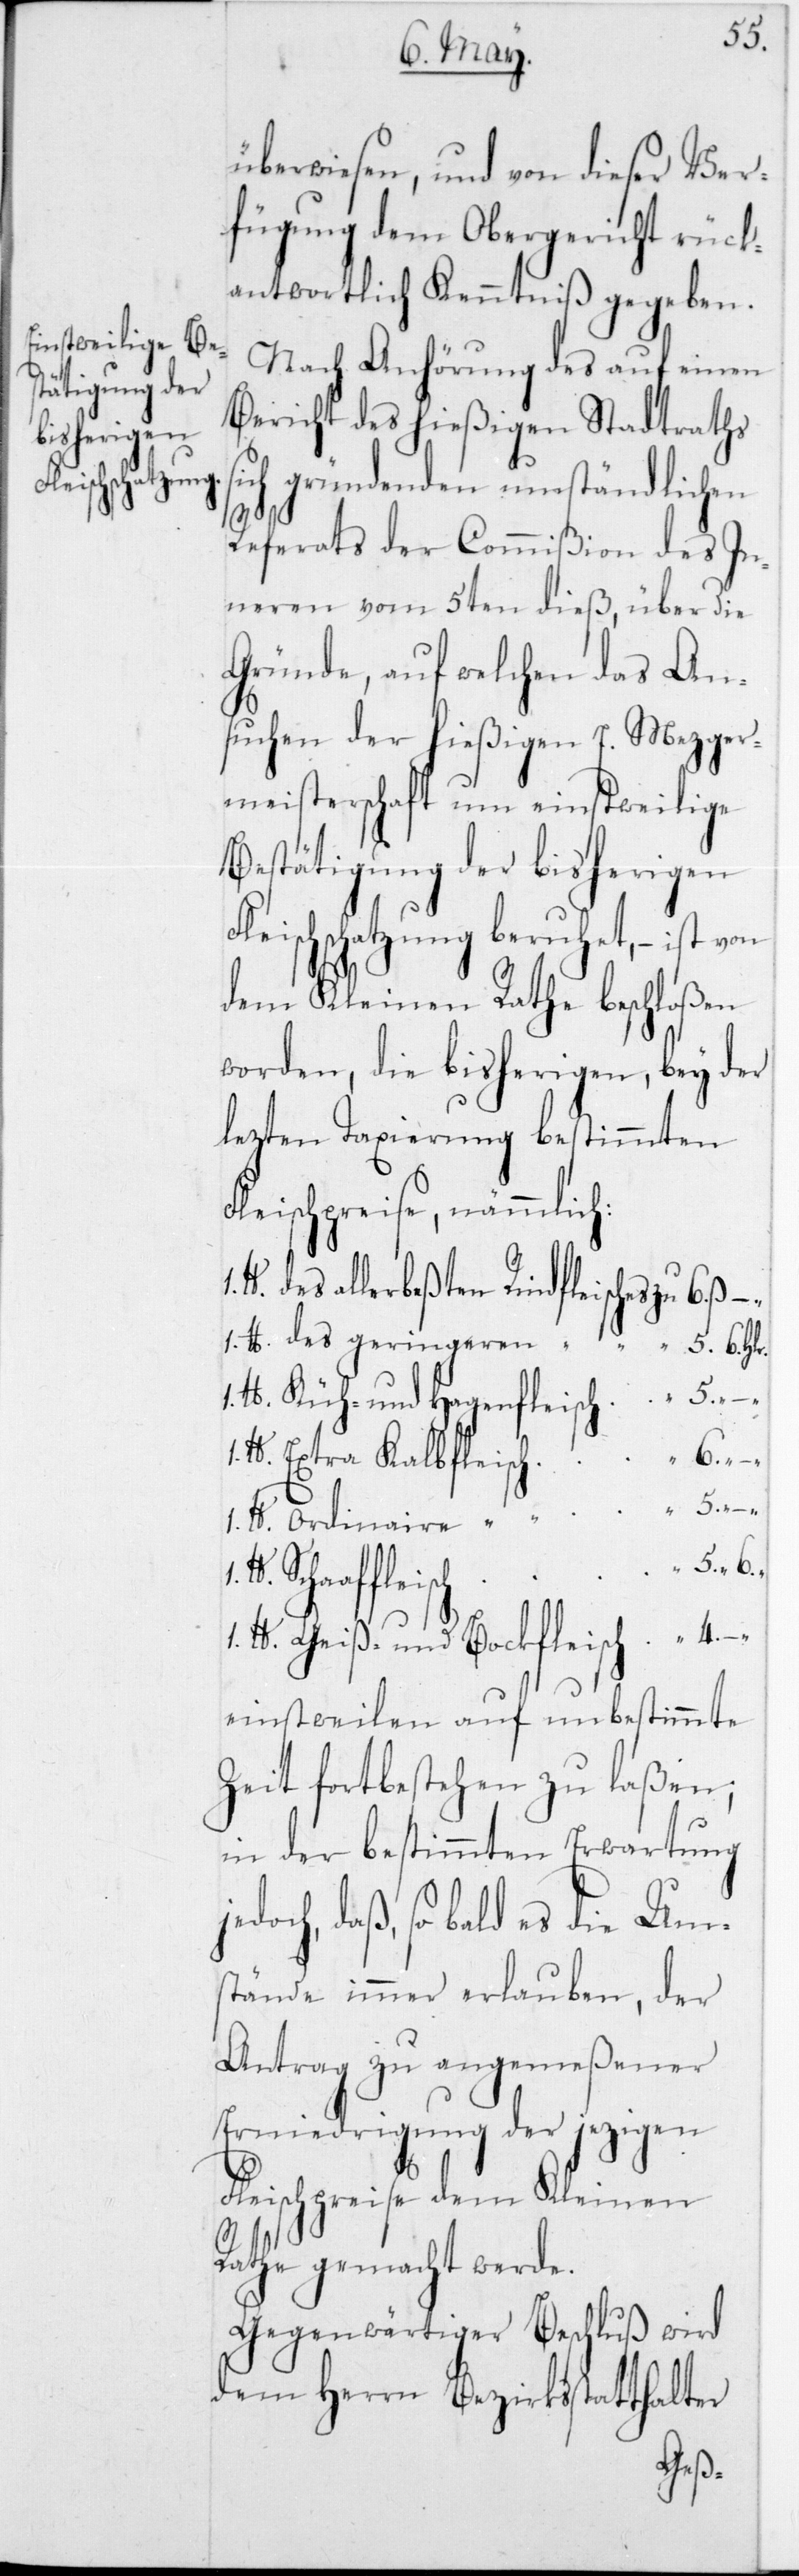
geringeren
Fleischschatzung

s¬
überwiesen, und von dieser Ver¬
fügung dem Obergericht rück¬
antwortlich Kenntniß gegeben.
Nach Anhörung des auf einen
Bericht des hießigen Stadtraths
ich gründenden umständlichen
Referats der Commißion des In¬
neren vom 5ten dieß, über die
Gründe, auf welchen das An¬
suchen der hießigen E. Mezger¬
meisterschaft um einstweilige
Bestätigung der bisherigen
dem Kleinen Rathe beschloßen
worden, die bisherigen, bey der
lezten Taxierung bestimmten
Fleischpreise, nämmlich:
1 lb. des allerbeßten
1 lb. Küh- und Hagenfleisch
1 lb. Ordinaire
Schaaffleisch
1 lb. Geiß- und Bockfleisch
einstweilen auf unbestimmte
Zeit fortbestehen zu laßen,
in der bestimmten Erwartung
daß, so bald es die Um¬
stände immer erlauben, der
Antrag zu angemeßener
Erniedrigung der jezigen
Fleischpreise dem Kleinen
Rathe gemacht werde.
Gegenwärtiger Beschluß wird
dem Herrn Bezirksstatthalter